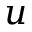
u